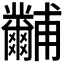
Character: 𤰐